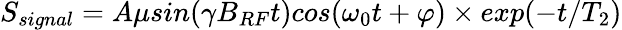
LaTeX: S_{signal}=A\mu sin(\gamma B_{RF}t)cos(\omega_{0}t+\varphi)\times exp(-t/T_{2})